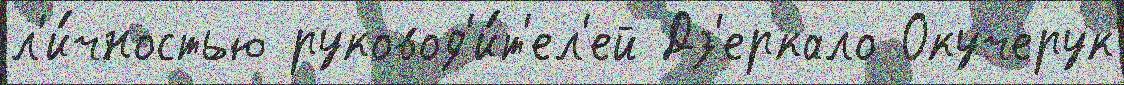
л'и́чностью руковод'и́т'ел'ей Дз'еркало Окучерук